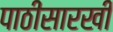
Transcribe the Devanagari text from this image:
पाठीसारखी